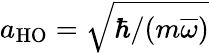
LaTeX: a_{\mathrm{HO}}=\sqrt{\hbar/(m\overline{{\omega}})}